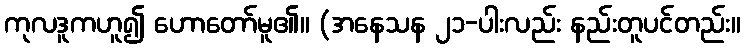
ကုလဒူကဟူ၍ ဟောတော်မူ၏။ (အနေသန ၂၁-ပါးလည်း နည်းတူပင်တည်း။